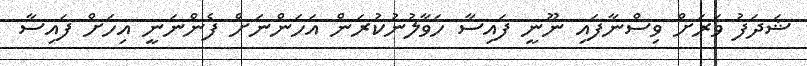
ޝަދަފު ވަރަށް ވިސްނާފައި ނޫނީ ފައިސާ ހަވާލުނުކުރަން އަހަންނަށް ފެންނަނީ އިހަށް ފައިސާ